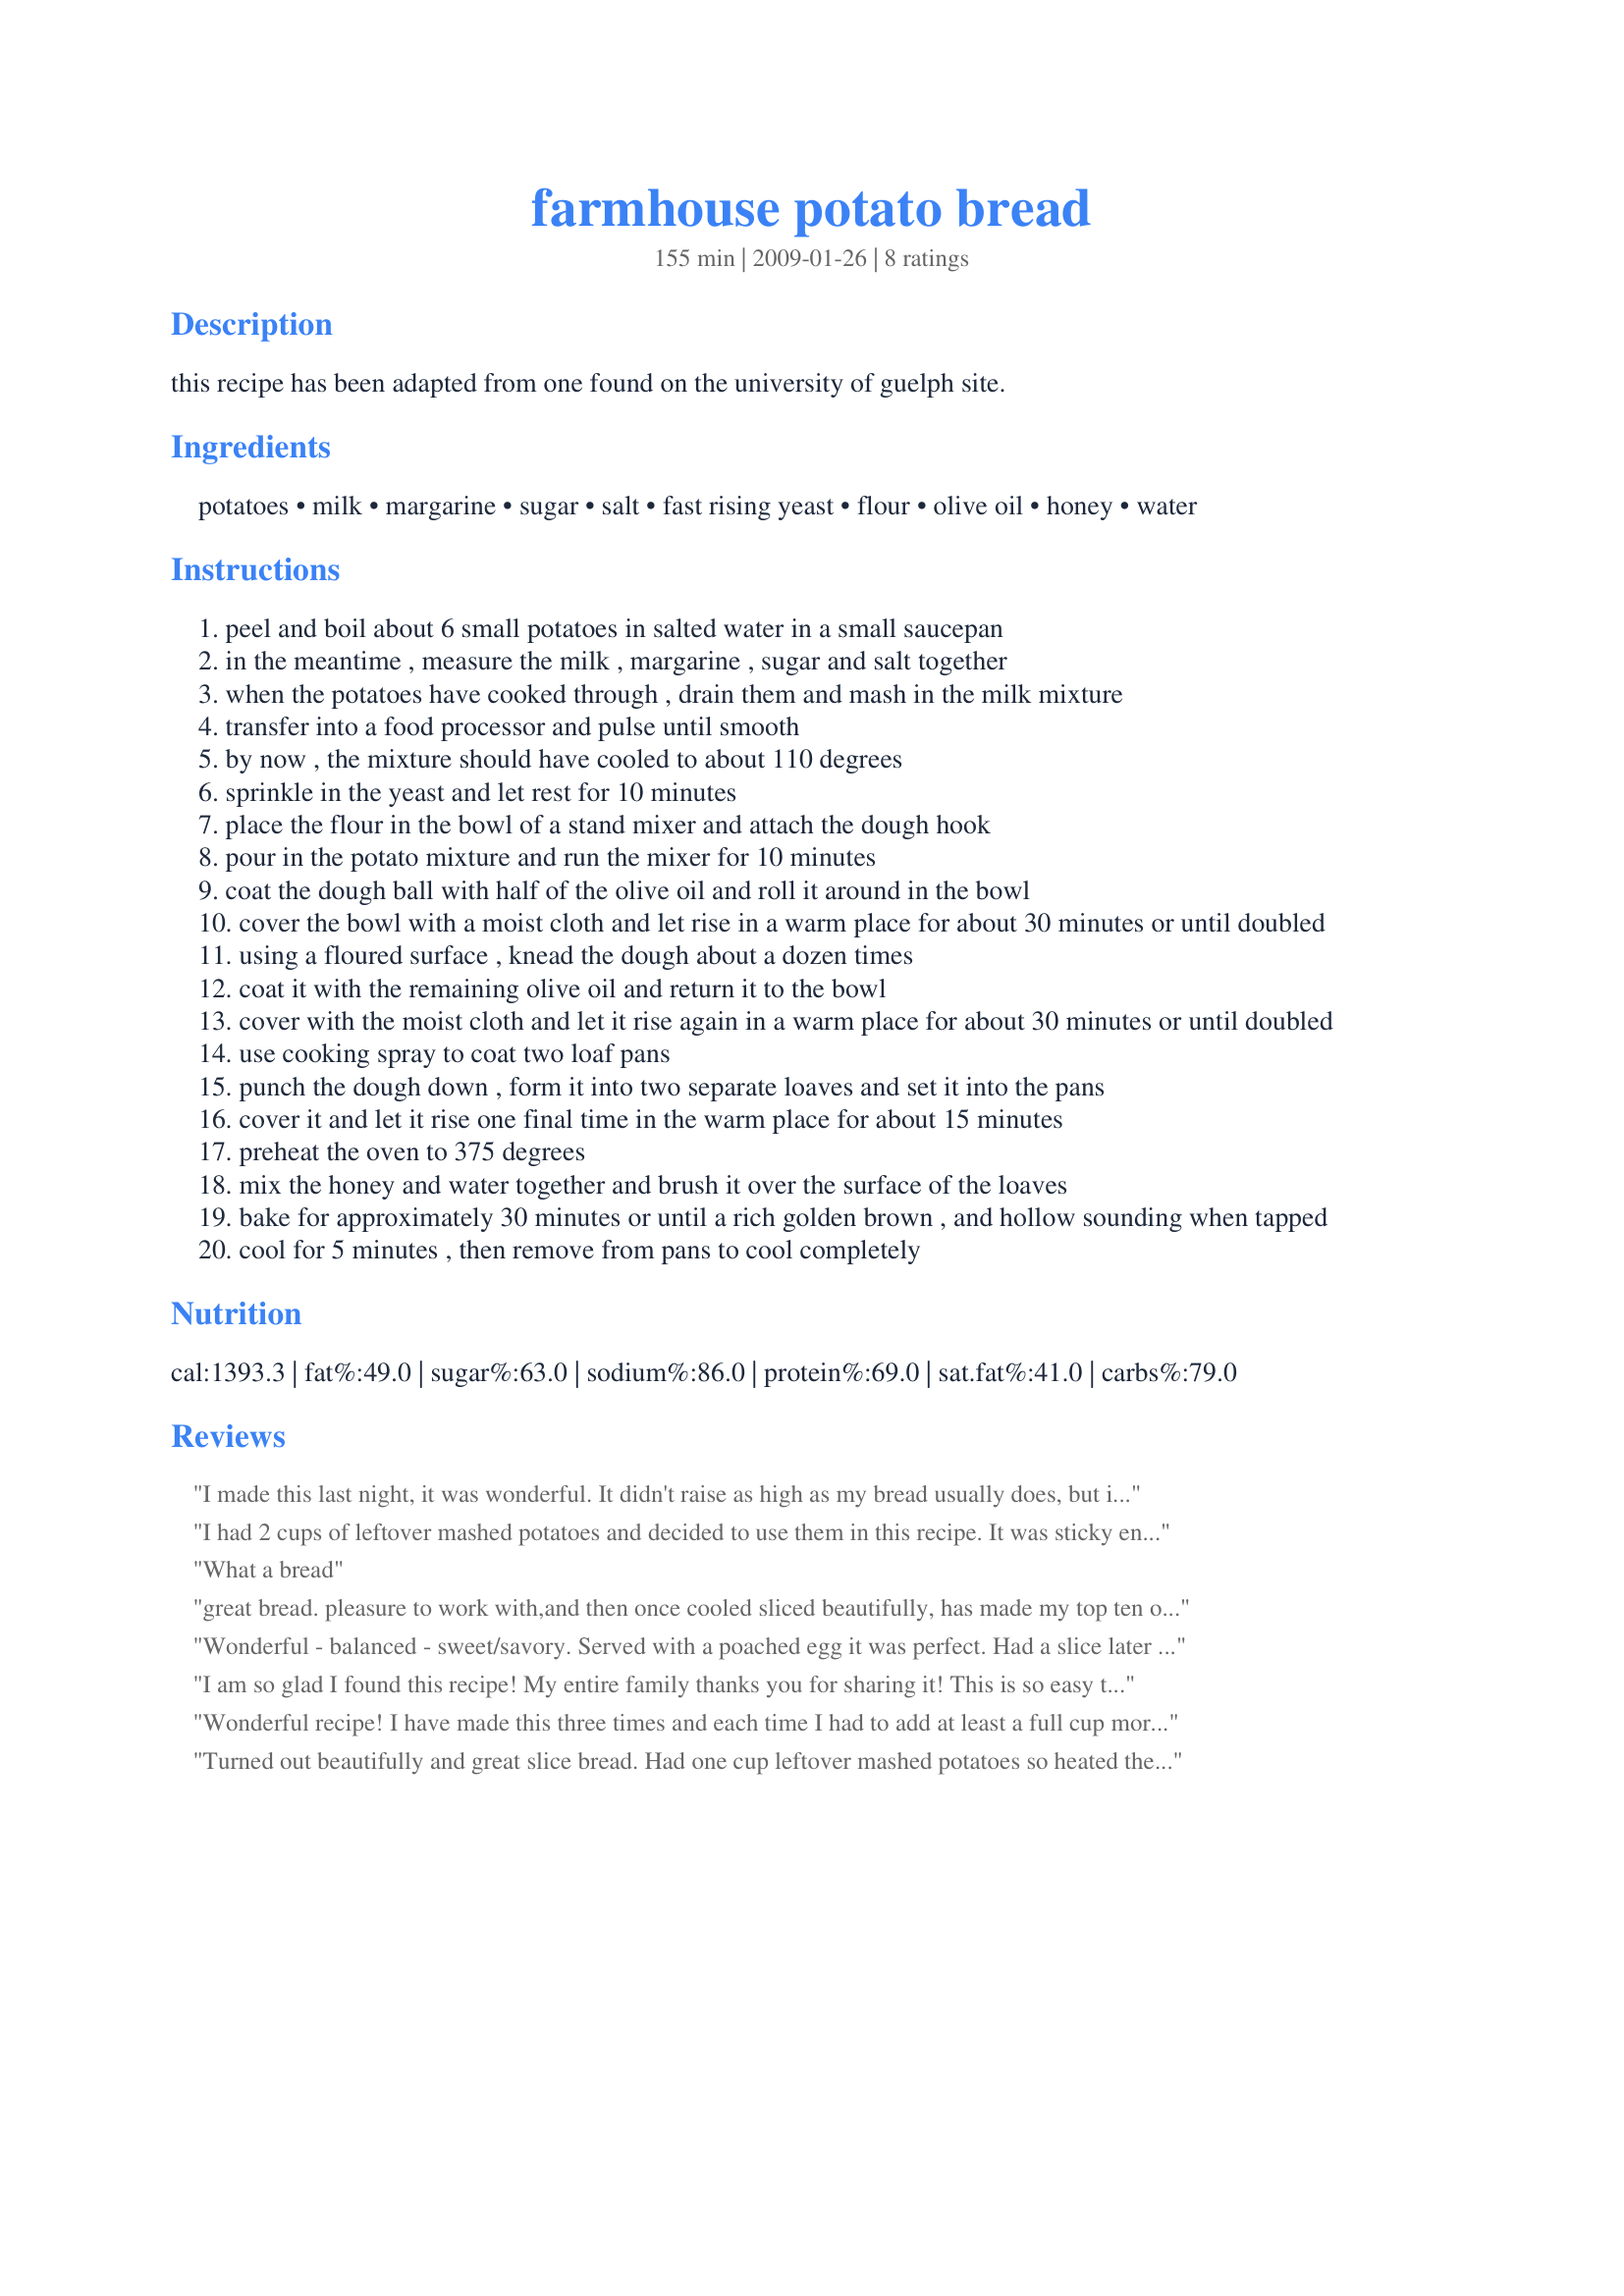
farmhouse potato bread
Preparation time: 155 minutes

this recipe has been adapted from one found on the university of guelph site.

Ingredients:
potatoes, milk, margarine, sugar, salt, fast rising yeast, flour, olive oil, honey, water

Steps:
peel and boil about 6 small potatoes in salted water in a small saucepan
in the meantime , measure the milk , margarine , sugar and salt together
when the potatoes have cooked through , drain them and mash in the milk mixture
transfer into a food processor and pulse until smooth
by now , the mixture should have cooled to about 110 degrees
sprinkle in the yeast and let rest for 10 minutes
place the flour in the bowl of a stand mixer and attach the dough hook
pour in the potato mixture and run the mixer for 10 minutes
coat the dough ball with half of the olive oil and roll it around in the bowl
cover the bowl with a moist cloth and let rise in a warm place for about 30 minutes or until doubled
using a floured surface , knead the dough about a dozen times
coat it with the remaining olive oil and return it to the bowl
cover with the moist cloth and let it rise again in a warm place for about 30 minutes or until doubled
use cooking spray to coat two loaf pans
punch the dough down , form it into two separate loaves and set it into the pans
cover it and let it rise one final time in the warm place for about 15 minutes
preheat the oven to 375 degrees
mix the honey and water together and brush it over the surface of the loaves
bake for approximately 30 minutes or until a rich golden brown , and hollow sounding when tapped
cool for 5 minutes , then remove from pans to cool completely

Reviews:
I made this last night, it was wonderful. It didn't raise as high as my bread usually does, but it was delicious. My daughter said it just might be her new favorite bread. Thanks for the recipe.
I had 2 cups of leftover mashed potatoes and decided to use them in this recipe. It was sticky enough that I added at least 1 more cup of flour. I also added chopped fresh rosemary and chopped black olives. I needed to adjust all of the times. On the first rise, I let it rise 1.5 hours, without the break after 30 minutes, as the recipe called for. The second rising took 1 hour, and I baked it for 40 minutes. The results were fabulous. Two of us ate half of one loaf with a bowl of homemade soup. I will DEFINITELY make it again.
What a bread
great bread. pleasure to work with,and then once cooled sliced beautifully, has made my top ten of fav bread to make and eat !! thanks for sharing.
Wonderful - balanced - sweet/savory. Served with a poached egg it was perfect.
Had a slice later in day with a cup of tea - again perfect.
Diane Parks
I am so glad I found this recipe! My entire family thanks you for sharing it! This is so easy to prepare. I did have to use a bit more flour than called for in the recipe, possibly an entire cup more, but I think that had more to do with my potatoes than anything. I did not use my food processor, I just used a hand held mixer and it worked well. The end result were two beautiful loaves of bread that my family demolished in no time flat. The slices were sturdy enough to make sandwiches and make excellent toast. We liked it so much that I am making it again today!
Wonderful recipe! I have made this three times and each time I had to add at least a full cup more flour, but it made an beautiful dough, and a super moist, dense crumb! Thank you for sharing :)
Turned out beautifully and great slice bread. Had one cup leftover mashed potatoes so heated them in the micro and proceed from there. Beautiful bread.
